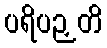
ပရိပဉှတိ